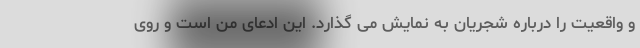
و واقعیت را درباره شجریان به نمایش می گذارد. این ادعای من است و روی